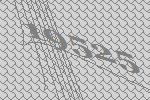
19525